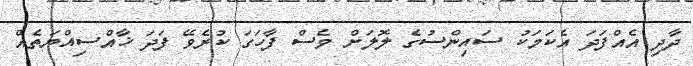
ދާދި އެއްފަދަ އެކަމަކު ސައިންސުގެ ލޮލަށް ވެސް ފާހަގަ ކުރެވޭ ފަދަ ޚާއްސިއްޔަތެއް